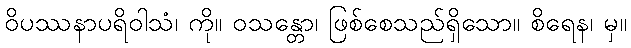
ဝိပဿနာပရိဝါသံ၊ ကို။ ဝသန္တော၊ ဖြစ်စေသည်ရှိသော။ စိရေန၊ မှ။